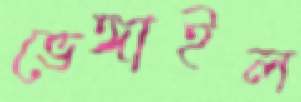
ভেঙ্গাইল